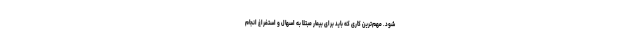
شود. مهم‌ترین کاری که باید برای بیمار مبتلا به اسهال و استفراغ انجام